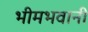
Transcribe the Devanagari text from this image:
भीमभवानी